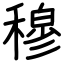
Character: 穆